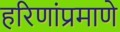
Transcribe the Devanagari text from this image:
हरिणांप्रमाणे